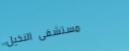
مستشفى النخيل